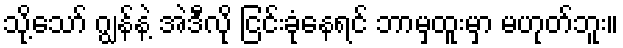
သို့သော် ဂျွန်နဲ့ အဲဒီလို ငြင်းခုံနေရင် ဘာမှထူးမှာ မဟုတ်ဘူး။